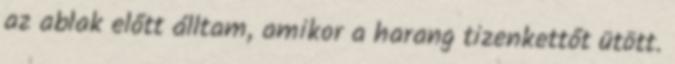
az ablak előtt álltam, amikor a harang tizenkettőt ütött.